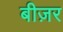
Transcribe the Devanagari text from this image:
बीज़र